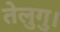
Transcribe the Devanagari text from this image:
तेलुगु।